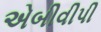
એબીવીપી